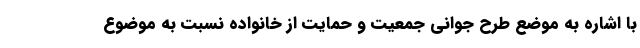
با اشاره به موضع طرح جوانی جمعیت و حمایت از خانواده نسبت به موضوع